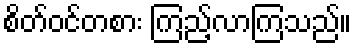
စိတ်ဝင်တစား ကြည့်လာကြသည်။